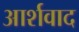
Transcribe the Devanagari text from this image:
आर्शवाद